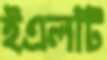
ইএলটি